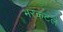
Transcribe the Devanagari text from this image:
भरकटलं